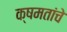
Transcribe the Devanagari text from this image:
क्षमतांचे